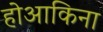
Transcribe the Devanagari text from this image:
होआकिना